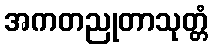
အကတညုတာသုတ္တံ